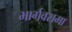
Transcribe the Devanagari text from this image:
भार्गवरामा